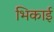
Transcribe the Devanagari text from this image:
भिकाई